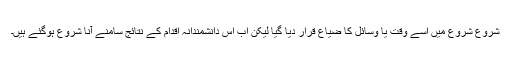
شروع شروع میں اسے وقت یا وسائل کا ضیاع قرار دیا گیا لیکن اب اس دانشمندانہ اقدام کے نتائج سامنے آنا شروع ہوگئے ہیں۔